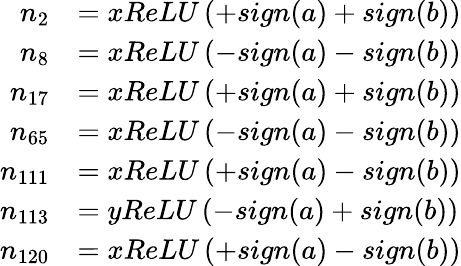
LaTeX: \begin{array}{rl}{n_{2}}&{=xReLU\left(+sign(a)+sign(b)\right)}\\ {n_{8}}&{=xReLU\left(-sign(a)-sign(b)\right)}\\ {n_{17}}&{=xReLU\left(+sign(a)+sign(b)\right)}\\ {n_{65}}&{=xReLU\left(-sign(a)-sign(b)\right)}\\ {n_{111}}&{=xReLU\left(+sign(a)-sign(b)\right)}\\ {n_{113}}&{=yReLU\left(-sign(a)+sign(b)\right)}\\ {n_{120}}&{=xReLU\left(+sign(a)-sign(b)\right)}\end{array}